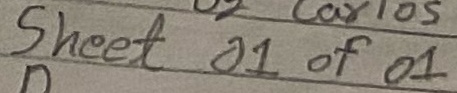
Text: Sheet 01 of 01